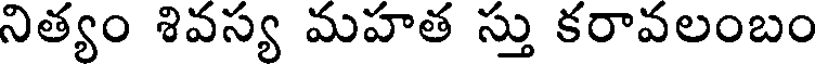
నిత్యం శివస్య మహత స్తు కరావలంబం